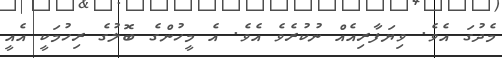
މެދުގަ އެވެ. ވިޔަފާރިއެއް ނުކުރެވެ އެވެ. އެ މީހުންގެ ބޮލުގެ ރިހުމަކީ އެއީ